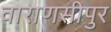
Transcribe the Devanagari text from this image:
वाराणसीपुर